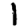
Digit: 1